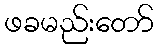
ဖခမည်းတော်